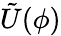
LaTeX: \tilde{U}(\phi)